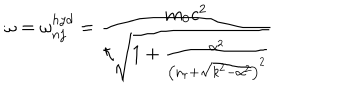
\omega = \omega _ { n j } ^ { h y d } = \frac { \mathbf { m } _ { 0 } c ^ { 2 } } { \hbar \sqrt { 1 + \frac { \alpha ^ { 2 } } { \left( n _ { r } + \sqrt { k ^ { 2 } - \alpha ^ { 2 } } \right) ^ { 2 } } } }